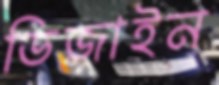
ডিজাইন